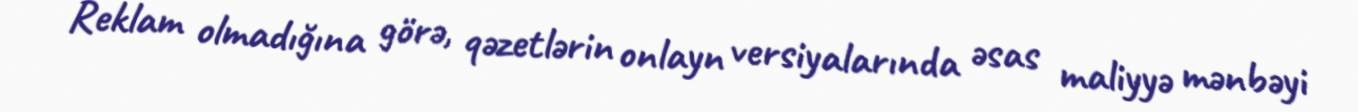
Reklam olmadığına görə, qəzetlərin onlayn versiyalarında əsas maliyyə mənbəyi